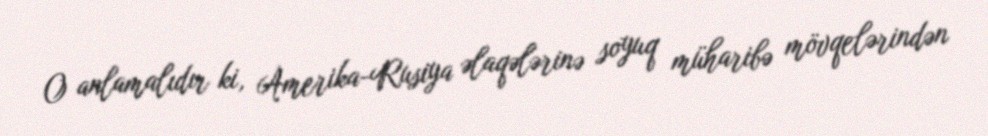
O anlamalıdır ki, Amerika-Rusiya əlaqələrinə soyuq müharibə mövqelərindən